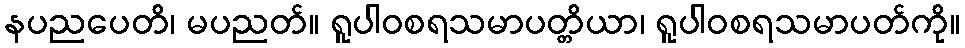
နပညပေတိ၊ မပညတ်။ ရူပါဝစရသမာပတ္တိယာ၊ ရူပါဝစရသမာပတ်ကို။